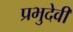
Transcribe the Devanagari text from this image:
प्रभुदेवी